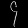
Digit: ၄